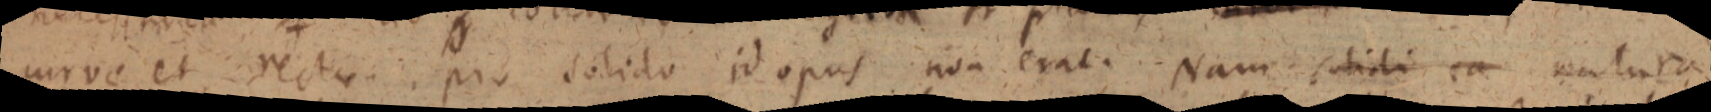
curve et recta pro solido id opus non erat. Nam solidi ea natura